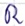
Text: R